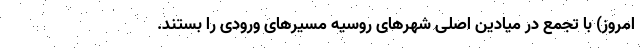
امروز) با تجمع در میادین اصلی شهرهای روسیه مسیرهای ورودی را بستند.